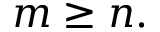
m \geq n .